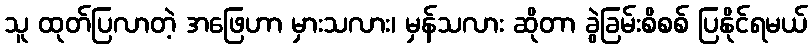
သူ ထုတ်ပြလာတဲ့ အဖြေဟာ မှားသလား၊ မှန်သလား ဆိုတာ ခွဲခြမ်းစိစစ် ပြနိုင်ရမယ်